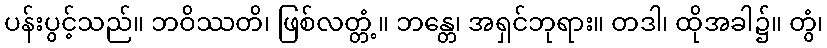
ပန်းပွင့်သည်။ ဘဝိဿတိ၊ ဖြစ်လတ္တံ့။ ဘန္တေ၊ အရှင်ဘုရား။ တဒါ၊ ထိုအခါ၌။ တွံ၊